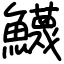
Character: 鱴